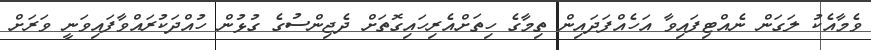
ވެމާއެކު ލަގަން ނެއްޓިފައިވާ އަހެއްފަދައިން ތިމާގެ ހިތަށްއެރިހައިގޮތަށް ދެޖިންސުގެ ގުޅުން ހުއްދަކުރައްވާފައިވަނީ ވަރަށް